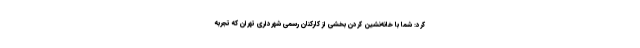
کرد: شما با خانه‌نشین کردن بخشی از کارکنان رسمى شهردارى تهران که تجربه